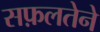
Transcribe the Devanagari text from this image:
सफ़लतेने